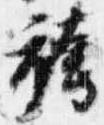
袴